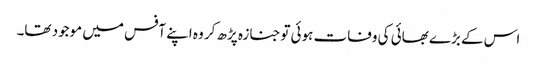
اس کے بڑے بھائی کی وفات ہوئی توجنازہ پڑھ کر وہ اپنے آفس میں موجود تھا۔